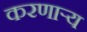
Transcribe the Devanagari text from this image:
करणार्‍य